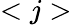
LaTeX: <j>